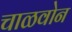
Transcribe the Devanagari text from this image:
चाळवोन